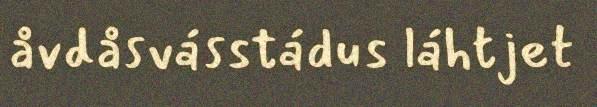
åvdåsvásstádus láhtjet